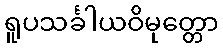
ရူပသင်္ခါယဝိမုတ္တော